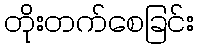
တိုးတက်စေခြင်း